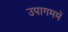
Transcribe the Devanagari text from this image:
उपागममें